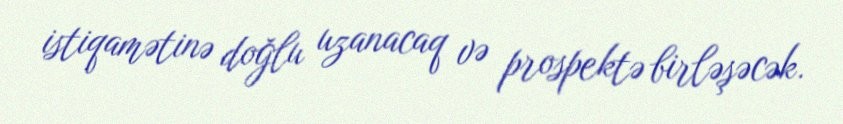
istiqamətinə doğlu uzanacaq və prospektə birləşəcək.